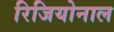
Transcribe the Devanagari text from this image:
रिजियोनाल